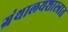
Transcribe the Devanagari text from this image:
ग्रंथालयशास्त्रात